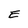
Character: E